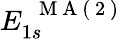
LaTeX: E_{1s}^{\mathrm{~\textbf~{~M~A~(~2~)~}~}}